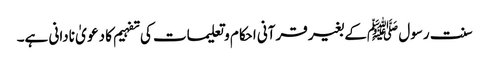
سنت رسول ﷺکے بغیر قرآنی احکام و تعلیمات کی تفہیم کا دعو یٰ نادانی ہے۔